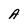
Character: A